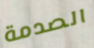
الصدمة